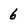
Character: 6